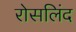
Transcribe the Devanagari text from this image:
रोसलिंद